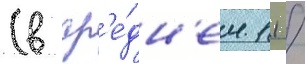
(в ср'е́дн'ем 11 /